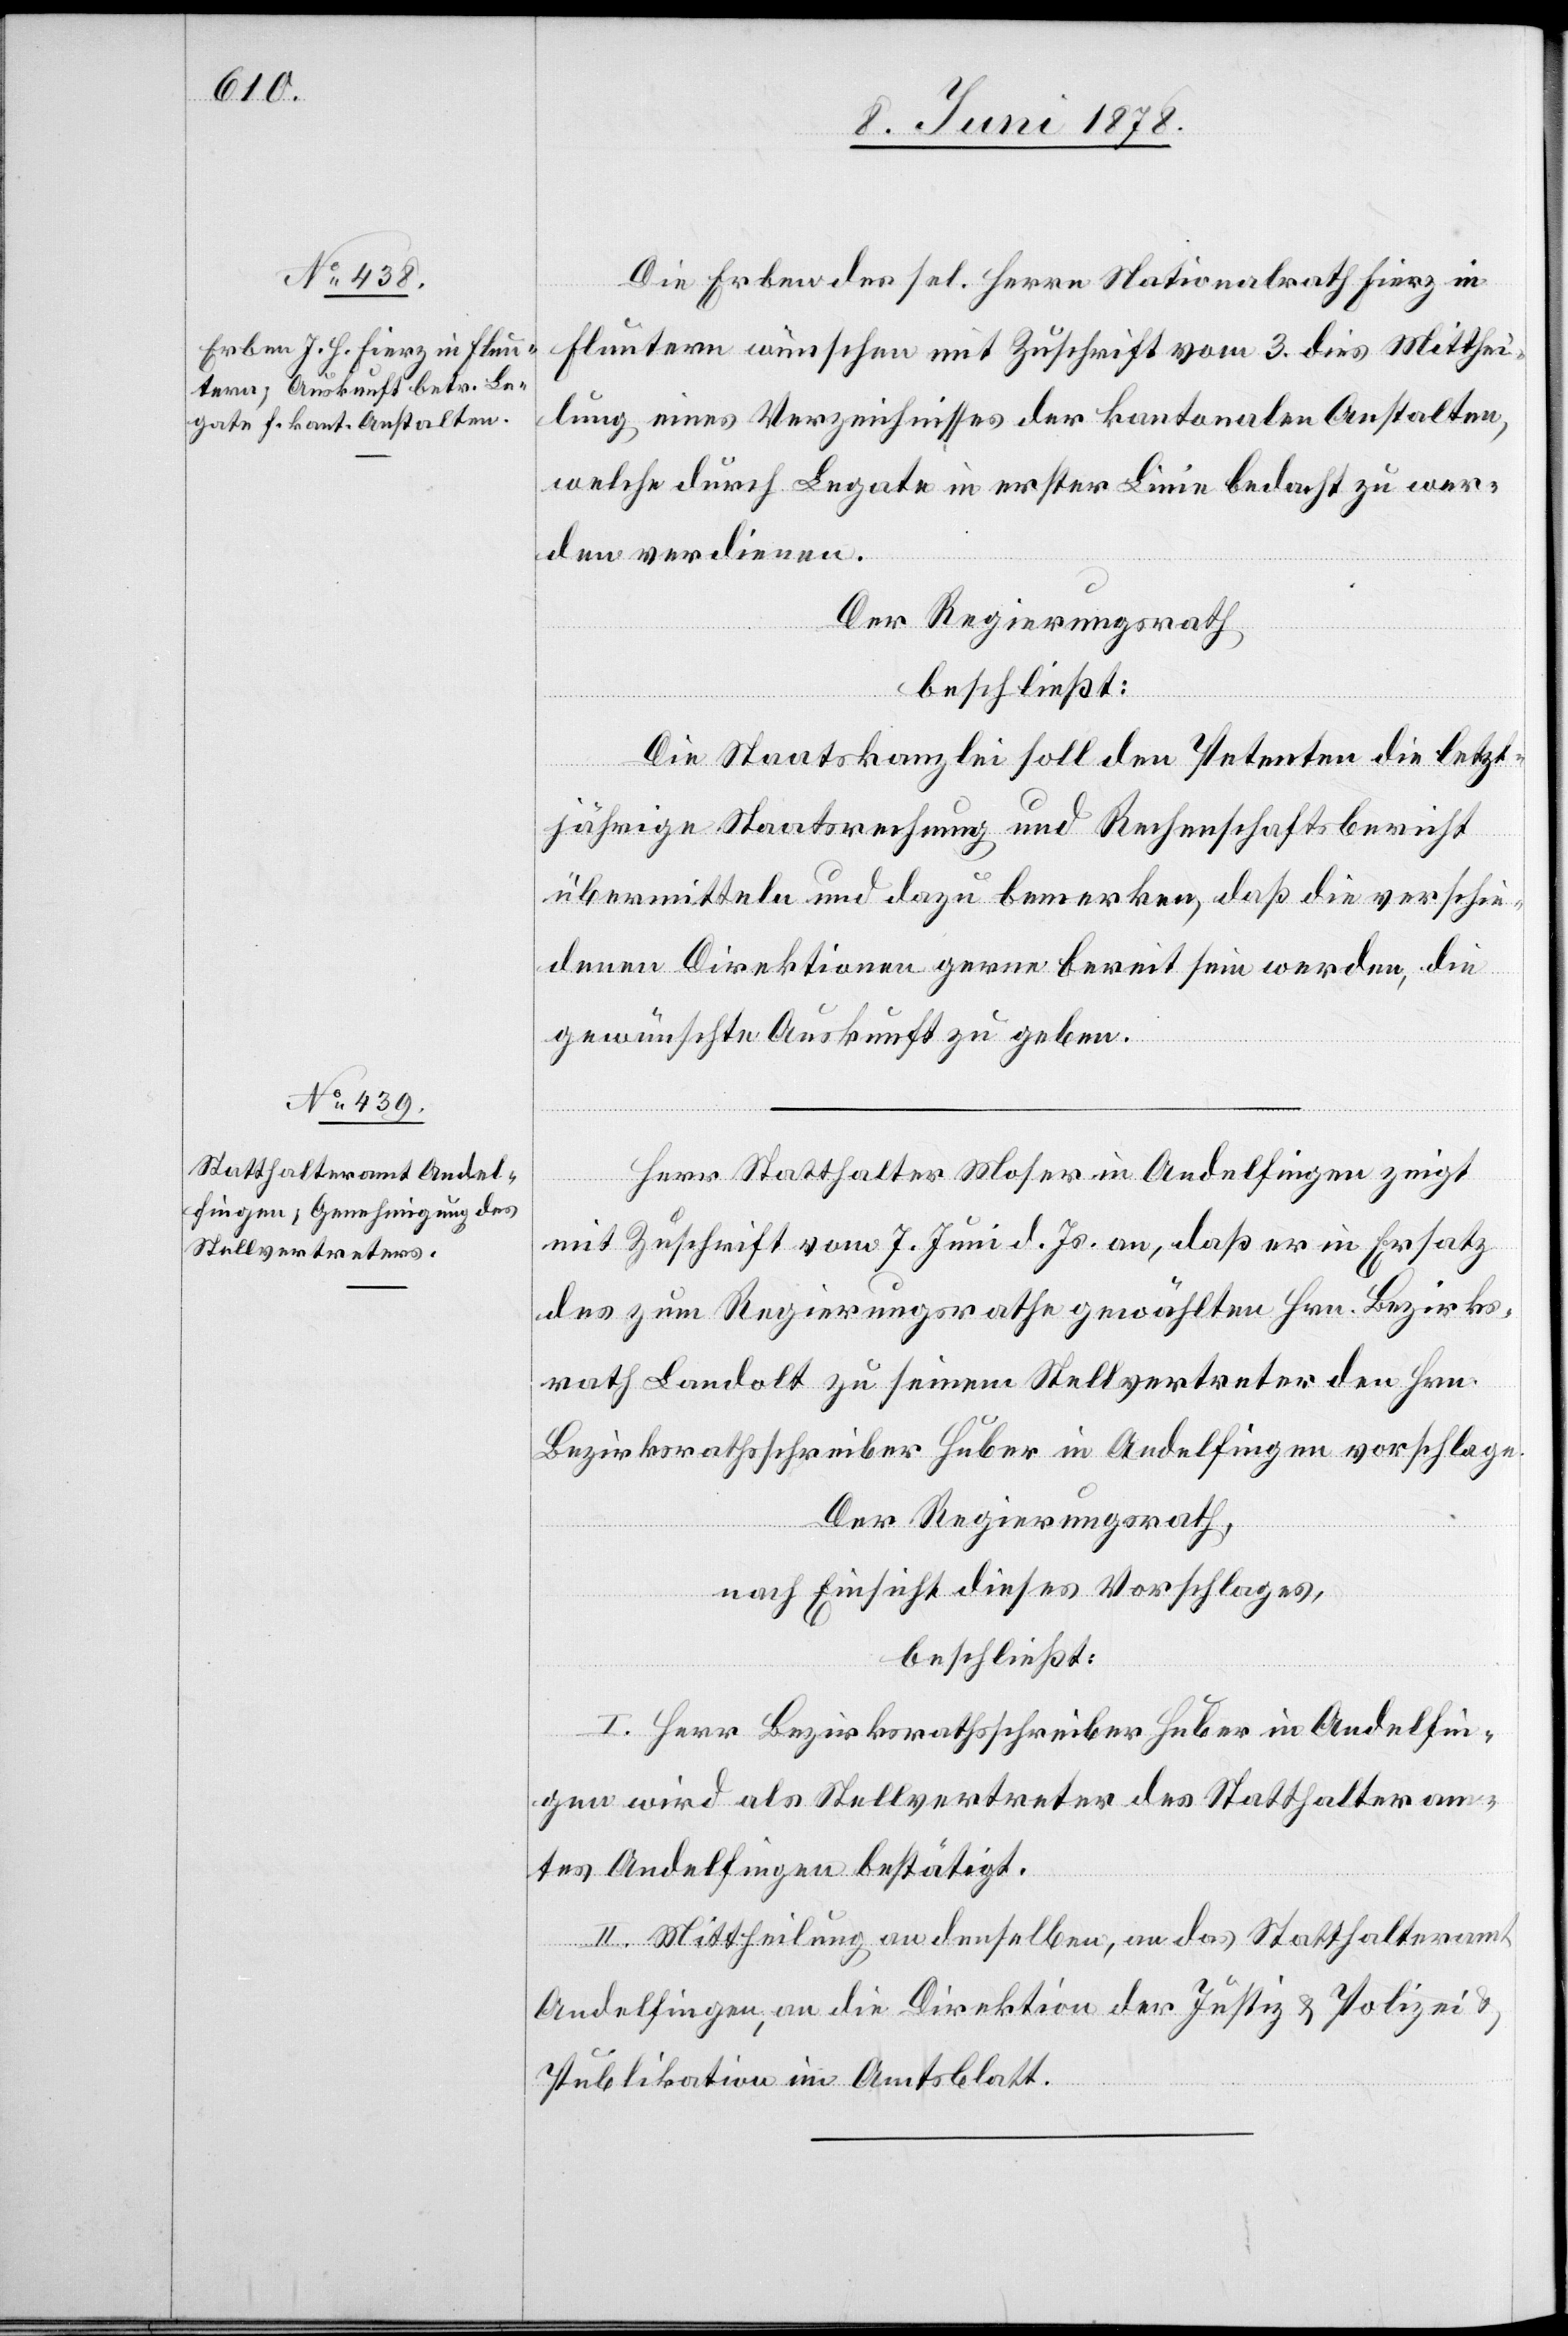
Die Erben des sel. Herrn Nationalrath Fierz in
Fluntern wünschen mit Zuschrift vom 3. dies Mitthei¬
lung eines Verzeichnisses der kantonalen Anstalten,
welche durch Legate in erster Linie bedacht zu wer¬
den verdienen.
Der Regierungsrath
beschließt:
Die Staatskanzlei soll den Petenten die letzt¬
jährige Staatsrechnung und Rechenschaftsbericht
übermitteln und dazu bemerken, daß die verschie¬
denen Direktionen gerne bereit sein werden, die
gewünschte Auskunft zu geben.
Herr Statthalter Moser in Andelfingen zeigt
mit Zuschrift vom 7. Juni d. Js. an, daß er in Ersatz
des zum Regierungsrathe gewählten Hrn. Bezirks¬
rath Landolt zu seinem Stellvertreter den Hrn.
Bezirksrathsschreiber Huber in Andelfingen vorschlage.
Der Regierungsrath,
nach Einsicht dieses Vorschlages,
beschließt:
I. Herr Bezirksrathsschreiber Huber in Andelfin¬
gen wird als Stellvertreter des Statthalteram¬
tes Andelfingen bestätigt.
II. Mittheilung an denselben, an das Statthalteramt
Andelfingen, an die Direktion der Justiz & Polizei &
Publikation im Amtsblatt.